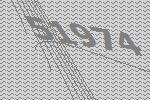
51974